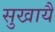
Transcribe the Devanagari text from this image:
सुखायै